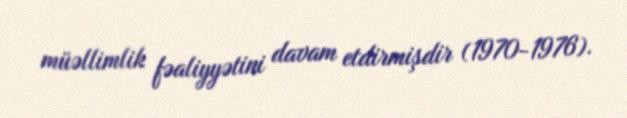
müəllimlik fəaliyyətini davam etdirmişdir (1970-1976).